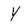
Character: Y